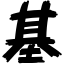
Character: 基